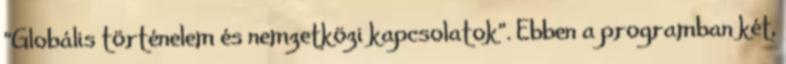
"Globális történelem és nemzetközi kapcsolatok". Ebben a programban két,